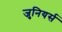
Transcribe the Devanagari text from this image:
जुनियर्स